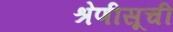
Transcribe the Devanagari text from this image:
श्रेणीसूची